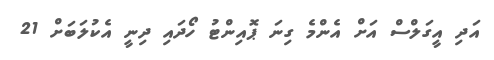
އަދި އީގަލްސް އަށް އެންމެ ގިނަ ޕޮއިންޓު ހޯދައި ދިނީ އެކުލަބަށް 21